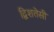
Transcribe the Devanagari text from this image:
द्विशतेसी